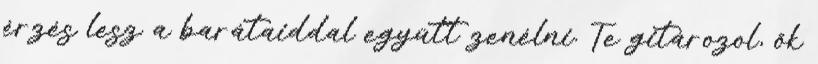
érzés lesz a barátaiddal együtt zenélni. Te gitározol, ők